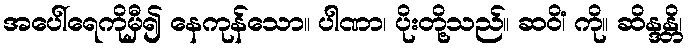
အပေါ်ရေကိုမှီ၍ နေကုန်သော။ ပါဏာ၊ ပိုးတို့သည်။ ဆဝိံ၊ ကို။ ဆိန္ဒန္တိ၊